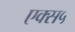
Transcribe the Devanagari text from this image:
एक्स५